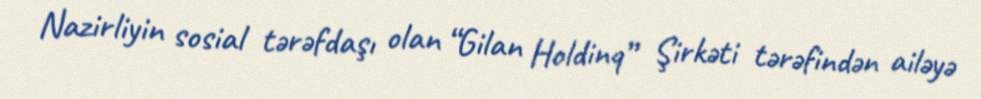
Nazirliyin sosial tərəfdaşı olan “Gilan Holdinq” Şirkəti tərəfindən ailəyə